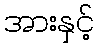
အားနှင့်